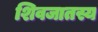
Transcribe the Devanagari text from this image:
शिवजातस्य